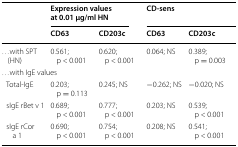
| <ROWSPAN=2>  | <COLSPAN=2> Expression values at 0.01 μg/ml HN | <COLSPAN=2> CD-sens |
 | CD63 | CD203c | CD63 | CD203c |
 | --- | --- | --- | --- | --- |
 | ...with SPT (HN) | 0.561; p < 0.001 | 0.620; p < 0.001 | 0.064; NS | 0.389; p = 0.003 |
 | <COLSPAN=5> ...with IgE values |
 | Total-IgE | 0.203; p = 0.113 | 0.245; NS | −0.262; NS | −0.020; NS |
 | sIgE rBet v 1 | 0.689; p < 0.001 | 0.777; p < 0.001 | 0.203; NS | 0.539; p < 0.001 |
 | sIgE rCor a 1 | 0.690; p < 0.001 | 0.754; p < 0.001 | 0.208; NS | 0.541; p < 0.001 |